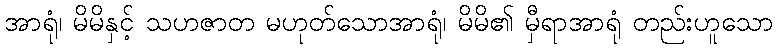
အာရုံ၊ မိမိနှင့် သဟဇာတ မဟုတ်သောအာရုံ၊ မိမိ၏ မှီရာအာရုံ တည်းဟူသော